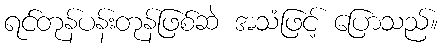
ရင်တုန်ပန်းတုန်ဖြစ်ဆဲ အသံဖြင့် ပြောသည်။